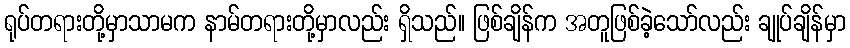
ရုပ်တရားတို့မှာသာမက နာမ်တရားတို့မှာလည်း ရှိသည်။ ဖြစ်ချိန်က အတူဖြစ်ခဲ့သော်လည်း ချုပ်ချိန်မှာ